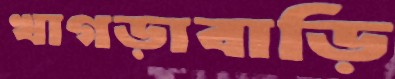
খাগড়াবাড়ি